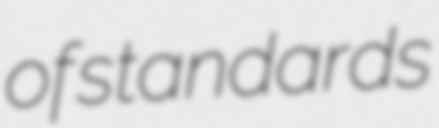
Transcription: of standards